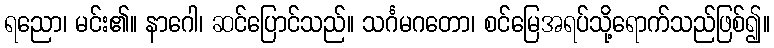
ရညော၊ မင်း၏။ နာဂေါ၊ ဆင်ပြောင်သည်။ သင်္ဂမဂတော၊ စင်မြေအရပ်သို့ရောက်သည်ဖြစ်၍။